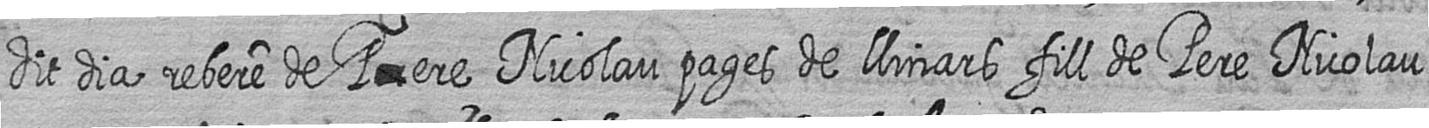
dit dia rebere de P#ere Nicolau pages de llinars fill de Pere Nicolau